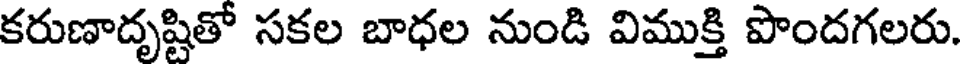
కరుణాదృష్టితో సకల బాధల నుండి విముక్తి పొందగలరు.